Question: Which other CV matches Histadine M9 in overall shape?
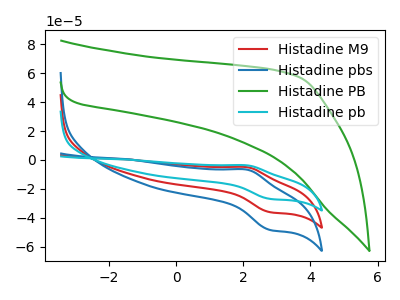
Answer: <think>The red curve "Histadine M9" has an anodic peak at (2.10V, -4.95uA) and a cathodic peak at (2.80V, -35.95uA). The blue curve "Histadine pbs" has an anodic peak at (2.10V, -6.65uA) and a cathodic peak at (2.80V, -48.20uA). The green curve "Histadine PB" has no peaks. The cyan curve "Histadine pb" has an anodic peak at (2.10V, -9.90uA) and a cathodic peak at (2.80V, -71.90uA).
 All the peaks in "Histadine M9" have a peak in "Histadine pbs" at the same potential. "Histadine M9" and "Histadine PB" have a different number of peaks. All the peaks in "Histadine M9" have a peak in "Histadine pb" at the same potential. "Histadine pbs" and "Histadine PB" have a different number of peaks. All the peaks in "Histadine pbs" have a peak in "Histadine pb" at the same potential. "Histadine PB" and "Histadine pb" have a different number of peaks.</think>
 <answer>"Histadine M9" and "Histadine pb" have a similar shape to "Histadine pbs".</answer>
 <eval>"Histadine M9" "Histadine pb"</eval>